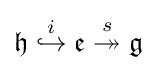
{\mathfrak {h}}\;{\overset {i}{\hookrightarrow }}\;{\mathfrak {e}}\;{\overset {s}{\twoheadrightarrow }}\;{\mathfrak {g}}